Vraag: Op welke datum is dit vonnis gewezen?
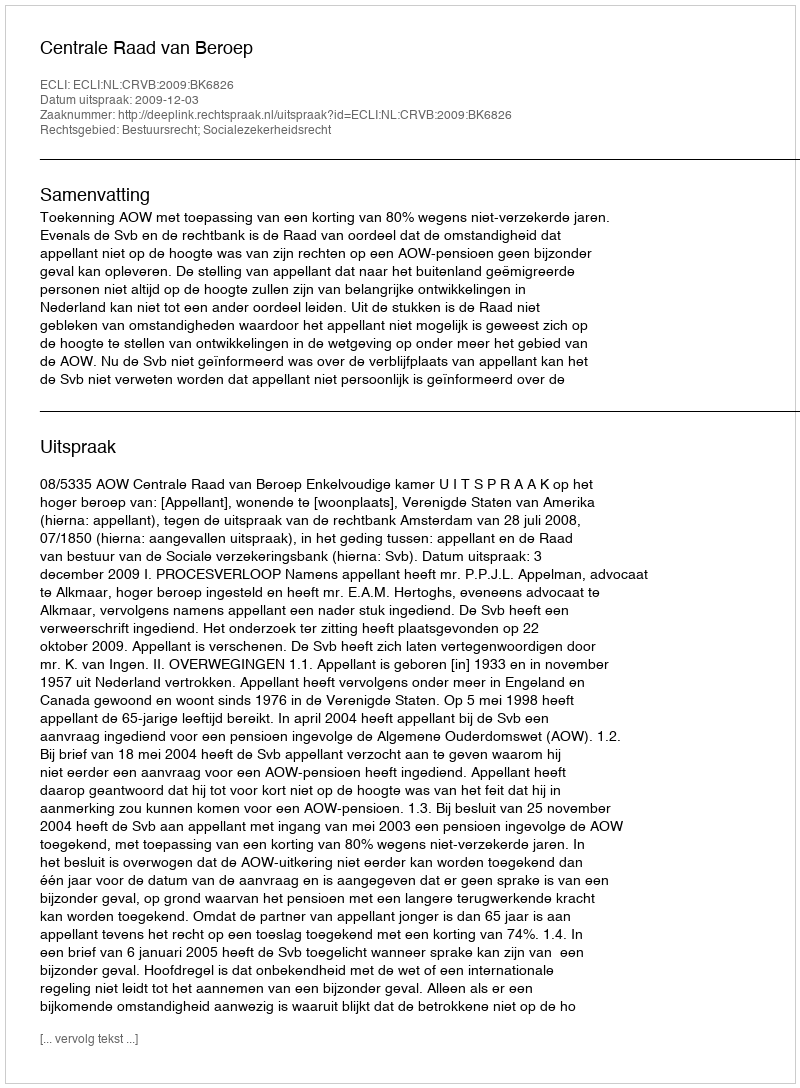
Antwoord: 2009-12-03